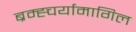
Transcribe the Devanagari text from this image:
ब्रम्ह्चर्यामागिल